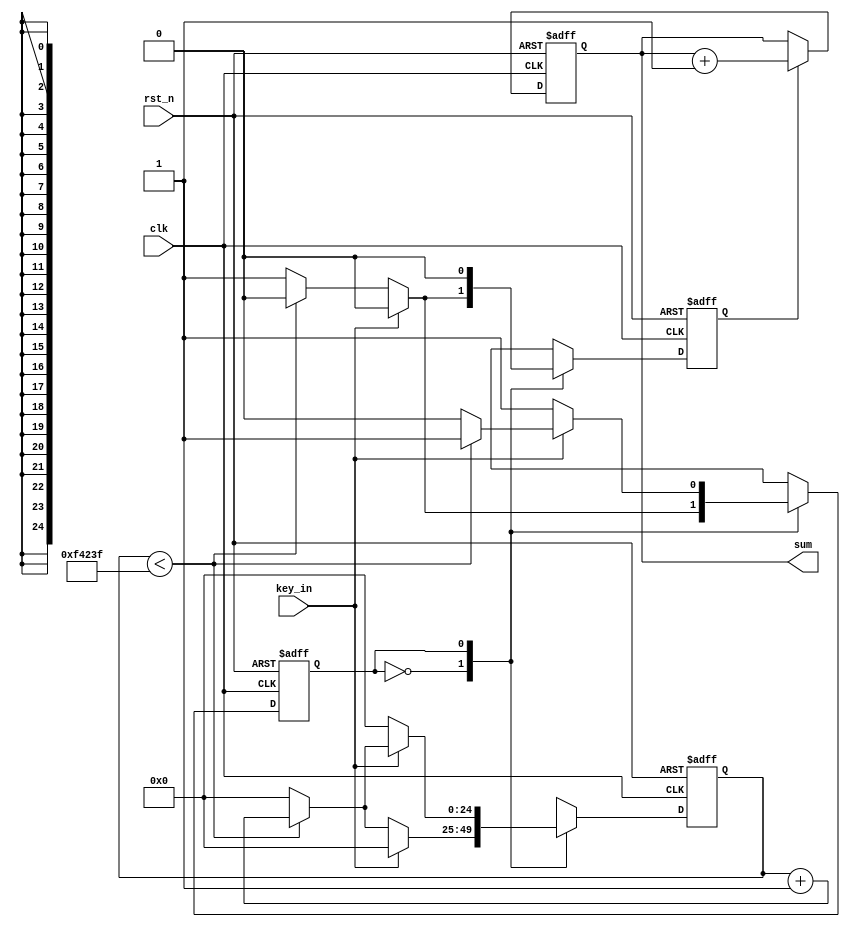
module key_led2(clk, rst_n, key_in, sum);

	input clk;				//50MHZ
	input rst_n;			//
	input key_in;			//

	output reg [2:0] sum;		//
	
	reg state;				//
	reg [24:0] count;		//20ms
	reg flag;				//
	
	parameter cnt_num = 50_000_000 / 50 - 1;  //20ms  
	// parameter cnt_num = 5;
	
	always @ (posedge clk or negedge rst_n)
	begin
		if(!rst_n)      //reg
			begin
				state <= 0;
				count <= 25'd0;
				flag <= 0;
			end	
		else	
			begin
				case(state)		//01
					0	:	begin
								if(!key_in)
									begin
										if(count < cnt_num)
											begin
												count <= count + 1;
												flag <= 0;
												state <= 0;
											end
										else
											begin
												count <= 0;
												flag <= 1;
												state <= 1;
											end
									end
								else
									begin
										state <= 0;
										count <= 25'd0;
										flag <= 0;
									end
							end
							
					1	:	begin
								flag <= 0;
								if(key_in)
									begin
										if(count < cnt_num)
											begin
												count <= count + 1;
												state <= 1;
												flag <= 0;
											end	
										else
											begin
												count <= 0;
												flag <= 0;
												state <= 0;
											end
									end
								else
									begin
										count <= 0;
										flag <= 0;
										state <= 1;
									end
							end
						default	:	state <= 0;
				endcase
			end
	end
	
	//
	// always @ (*)
	always @ (posedge clk or negedge rst_n)
	// always @ (flag)
	begin
		if(!rst_n)
			sum = 3'd0;
		else
			if(flag)
				sum = sum + 1;
			else
				sum = sum;
	end

endmodule